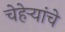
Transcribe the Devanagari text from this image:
चेहेऱ्यांचे